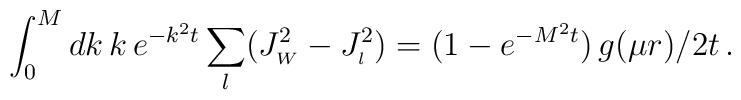
\int_0^M dk\, k\, e^{- k^2 t}\sum_l (J_{\scriptscriptstyle{W}}^2 - J_{\scriptscriptstyle{l}}^2 )=( 1 - e^{ -M^2 t})\, g( \mu r)/2t\,.